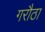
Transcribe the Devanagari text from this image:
गरौठा